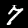
Digit: 7